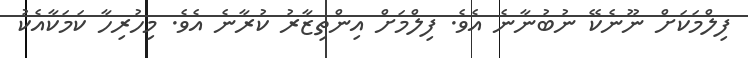
ފިލްމަކަށް ނޫނެކޭ ނުބުނާނެ އެވެ. ފިލްމަށް އިންތިޒާރު ކުރާނެ އެވެ. މިހުރިހާ ކަމަކާއެކު